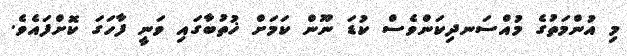
މި އުންމަތުގެ މުއްސަނދިކަންވެސް ކުޑަ ނޫން ކަމަށް ޚުތުބާގައި ވަނީ ފާހަގަ ކޮށްފައެވެ.